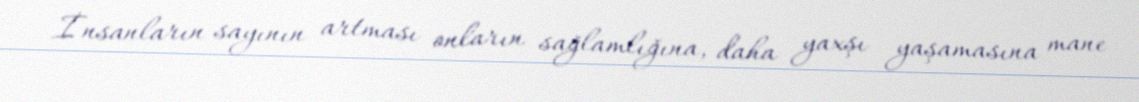
İnsanların sayının artması onların sağlamlığına, daha yaxşı yaşamasına mane